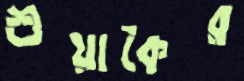
শুয়াকৈর